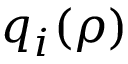
q _ { i } ( \rho )